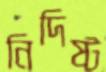
নিদিষ্ট